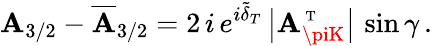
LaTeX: \mathbf{A}_{3/2}-\overline{{{{\mathbf{A}}}}}_{3/2}=2\, i\, e^{i\tilde{{\delta}}_{T}}\, \bigl|\mathbf{A}_{\piK}^{\mathrm{{{\scriptsize~T}}}}\bigr|\, \sin\gamma\, .